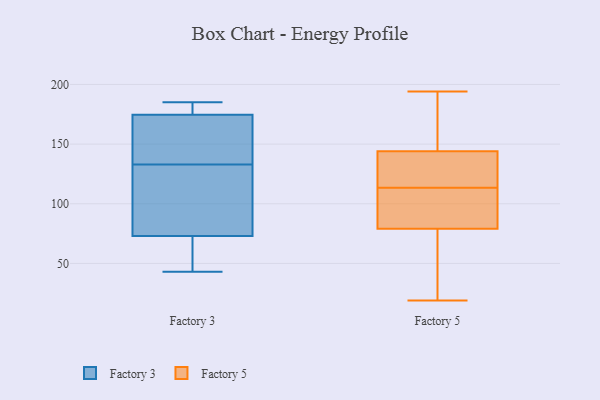
{"axis": {"x": "Net Income (USD K)", "y": "Value"}, "legend": ["Factory 3", "Factory 5"], "data": [{"x": "", "y": 155, "type": "Factory 3"}, {"x": "", "y": 128, "type": "Factory 3"}, {"x": "", "y": 59, "type": "Factory 3"}, {"x": "", "y": 43, "type": "Factory 3"}, {"x": "", "y": 127, "type": "Factory 3"}, {"x": "", "y": 176, "type": "Factory 3"}, {"x": "", "y": 53, "type": "Factory 3"}, {"x": "", "y": 133, "type": "Factory 3"}, {"x": "", "y": 118, "type": "Factory 3"}, {"x": "", "y": 142, "type": "Factory 3"}, {"x": "", "y": 178, "type": "Factory 3"}, {"x": "", "y": 185, "type": "Factory 3"}, {"x": "", "y": 75, "type": "Factory 3"}, {"x": "", "y": 67, "type": "Factory 3"}, {"x": "", "y": 176, "type": "Factory 3"}, {"x": "", "y": 135, "type": "Factory 3"}, {"x": "", "y": 174, "type": "Factory 3"}, {"x": "", "y": 79, "type": "Factory 5"}, {"x": "", "y": 164, "type": "Factory 5"}, {"x": "", "y": 130, "type": "Factory 5"}, {"x": "", "y": 144, "type": "Factory 5"}, {"x": "", "y": 134, "type": "Factory 5"}, {"x": "", "y": 170, "type": "Factory 5"}, {"x": "", "y": 58, "type": "Factory 5"}, {"x": "", "y": 33, "type": "Factory 5"}, {"x": "", "y": 155, "type": "Factory 5"}, {"x": "", "y": 104, "type": "Factory 5"}, {"x": "", "y": 19, "type": "Factory 5"}, {"x": "", "y": 92, "type": "Factory 5"}, {"x": "", "y": 123, "type": "Factory 5"}, {"x": "", "y": 83, "type": "Factory 5"}, {"x": "", "y": 81, "type": "Factory 5"}, {"x": "", "y": 133, "type": "Factory 5"}, {"x": "", "y": 194, "type": "Factory 5"}, {"x": "", "y": 59, "type": "Factory 5"}]}